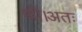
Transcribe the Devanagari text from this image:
थी।अतः